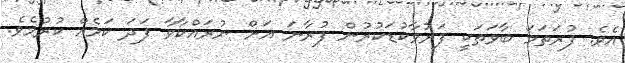
އެވެ. ފުރަތަމަ ބާވަތަކީ ފަރުވާކުޑަކުރުން ފުރާނަ އަށް ނުރައްކާވާ ފަދަ ކަމެއް ކުރުމެވެ.